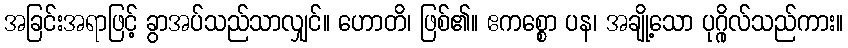
အခြင်းအရာဖြင့် ခွာအပ်သည်သာလျှင်။ ဟောတိ၊ ဖြစ်၏။ ဧကစ္စော ပန၊ အချို့သော ပုဂ္ဂိုလ်သည်ကား။